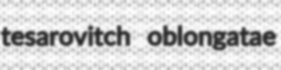
tesarovitch oblongatae